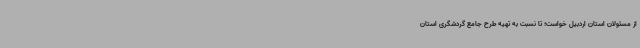
از مسئولان استان اردبیل خواست؛ تا نسبت به تهیه طرح جامع گردشگری استان